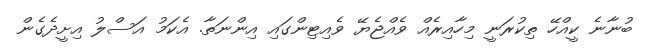
ބުނާނެ ކީއްހޭ ތިކުރަނީ މިހާއިރެއް ވެއްޖެޔޭ ވެއިޓިންގައި އިންނަތާ. އެކަމު އަސްލު އިށީދެގެން